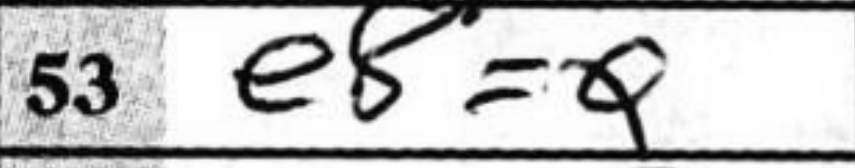
Transcription: e8=Q